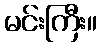
မင်းကြီး။